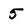
Character: 5